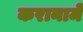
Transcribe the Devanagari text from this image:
करानामे